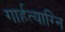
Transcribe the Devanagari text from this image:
गार्हत्याग्नि